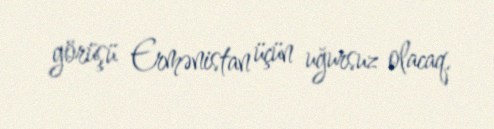
görüşü Ermənistan üçün uğursuz olacaq.